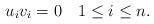
LaTeX: \begin{align*}u_iv_i=0\quad1\leq i\leq n.\end{align*}